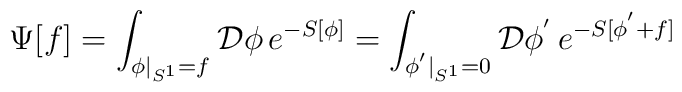
\Psi[f]=\int_{\phi|_{S^{1}}=f}{\cal D}\phi\,e^{-S[\phi]}=\int_{\phi^{'}|_{S^{1}}=0}{\cal D}\phi^{'}\,e^{-S[\phi^{'}+f]}